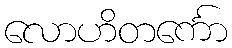
လောဟိတင်္ကော